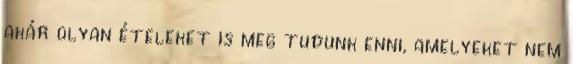
akár olyan ételeket is meg tudunk enni, amelyeket nem